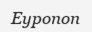
Еуропоп